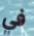
في